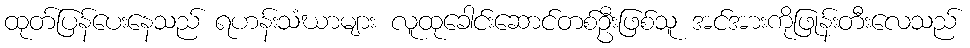
ထုတ်ပြန်ပေးနေသည် ရဟန်းသံဃာများ လူထုခေါင်းဆောင်တစ်ဦးဖြစ်သူ အင်အားကိုဖြုန်းတီးလေသည်